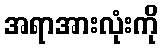
အရာအားလုံးကို